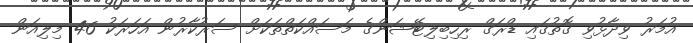
އުމަރު ވިދާޅުވި ގޮތުގައި ޑްރަގް ރިހިބިލިޓޭޝަންގެ މަސައްކަތްތަކަށް ސަރުކާރުން އަހަރަކު 46 މިލިއަން